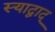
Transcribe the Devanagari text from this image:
स्याद्वाद्